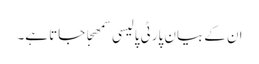
ان کے بیان پارٹی پالیسی سمھجا جاتا ہے۔